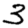
Digit: 3